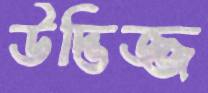
উদ্ভিজ্জ